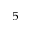
^ 5